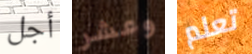
أجل وعشر تعلم